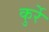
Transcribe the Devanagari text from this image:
कुर्रे